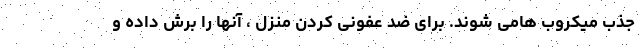
جذب میکروب هامی شوند. برای ضد عفونی کردن منزل ، آنها را برش داده و